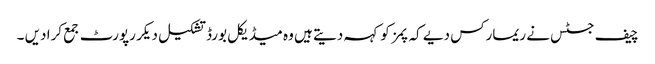
چیف جسٹس نے ریمارکس دیے کہ پمز کو کہہ دیتے ہیں وہ میڈیکل بورڈ تشکیل دیکر رپورٹ جمع کرا دیں ۔